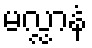
မလ္လာနံ